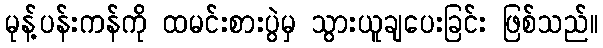
မုန့်ပန်းကန်ကို ထမင်းစားပွဲမှ သွားယူချပေးခြင်း ဖြစ်သည်။